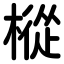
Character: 樅